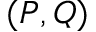
( P , Q )